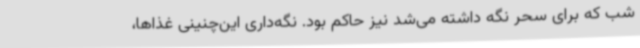
شب که برای سحر نگه داشته می‌شد نیز حاکم بود. نگه‌داری این‌چنینی غذاها،